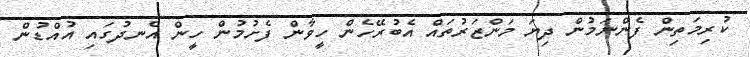
ކުރިމަތިން ފެންނަމުން ދިޔަ މަންޒަރުތައް އެބުރޭހެން ހީވާން ފެށުމުން ހީން އެނދުގައި އުއްޑުން